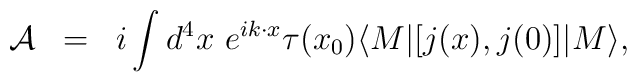
\begin{array}{rcl}{\cal A}&=&\displaystyle i\int d^4x~e^{ik\cdot x}\tau(x_0)\langle M|[j(x),j(0)]|M\rangle,\end{array}